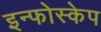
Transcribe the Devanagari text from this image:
इन्फोस्केप